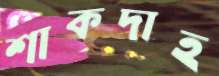
শাকদাহ